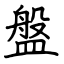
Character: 盤